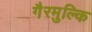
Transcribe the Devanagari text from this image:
गैरमुल्कि